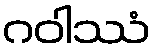
ဂဝါဿံ